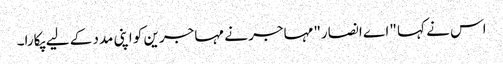
اس نے کہا "اے انصار" مہاجر نے مہاجرین کو اپنی مدد کے لیے پکارا۔